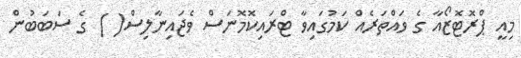
މިއީ ޕްރޮޓޮޒޯއާ ގެ ވައްތަރެއް ކަމުގައިވާ ޓްރައިކޮމޮނަސް ވެޖައިނާލިސް( ) ގެ ސަބަބުން